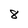
Character: 8